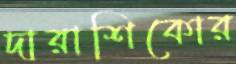
দারাশিকোর